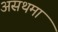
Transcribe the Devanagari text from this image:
असथमा